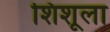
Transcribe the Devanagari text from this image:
शिशूला